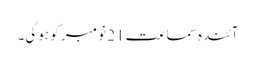
آئندہ سماعت 21 نومبر کو ہوگی۔